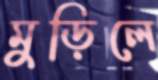
মুড়িলে